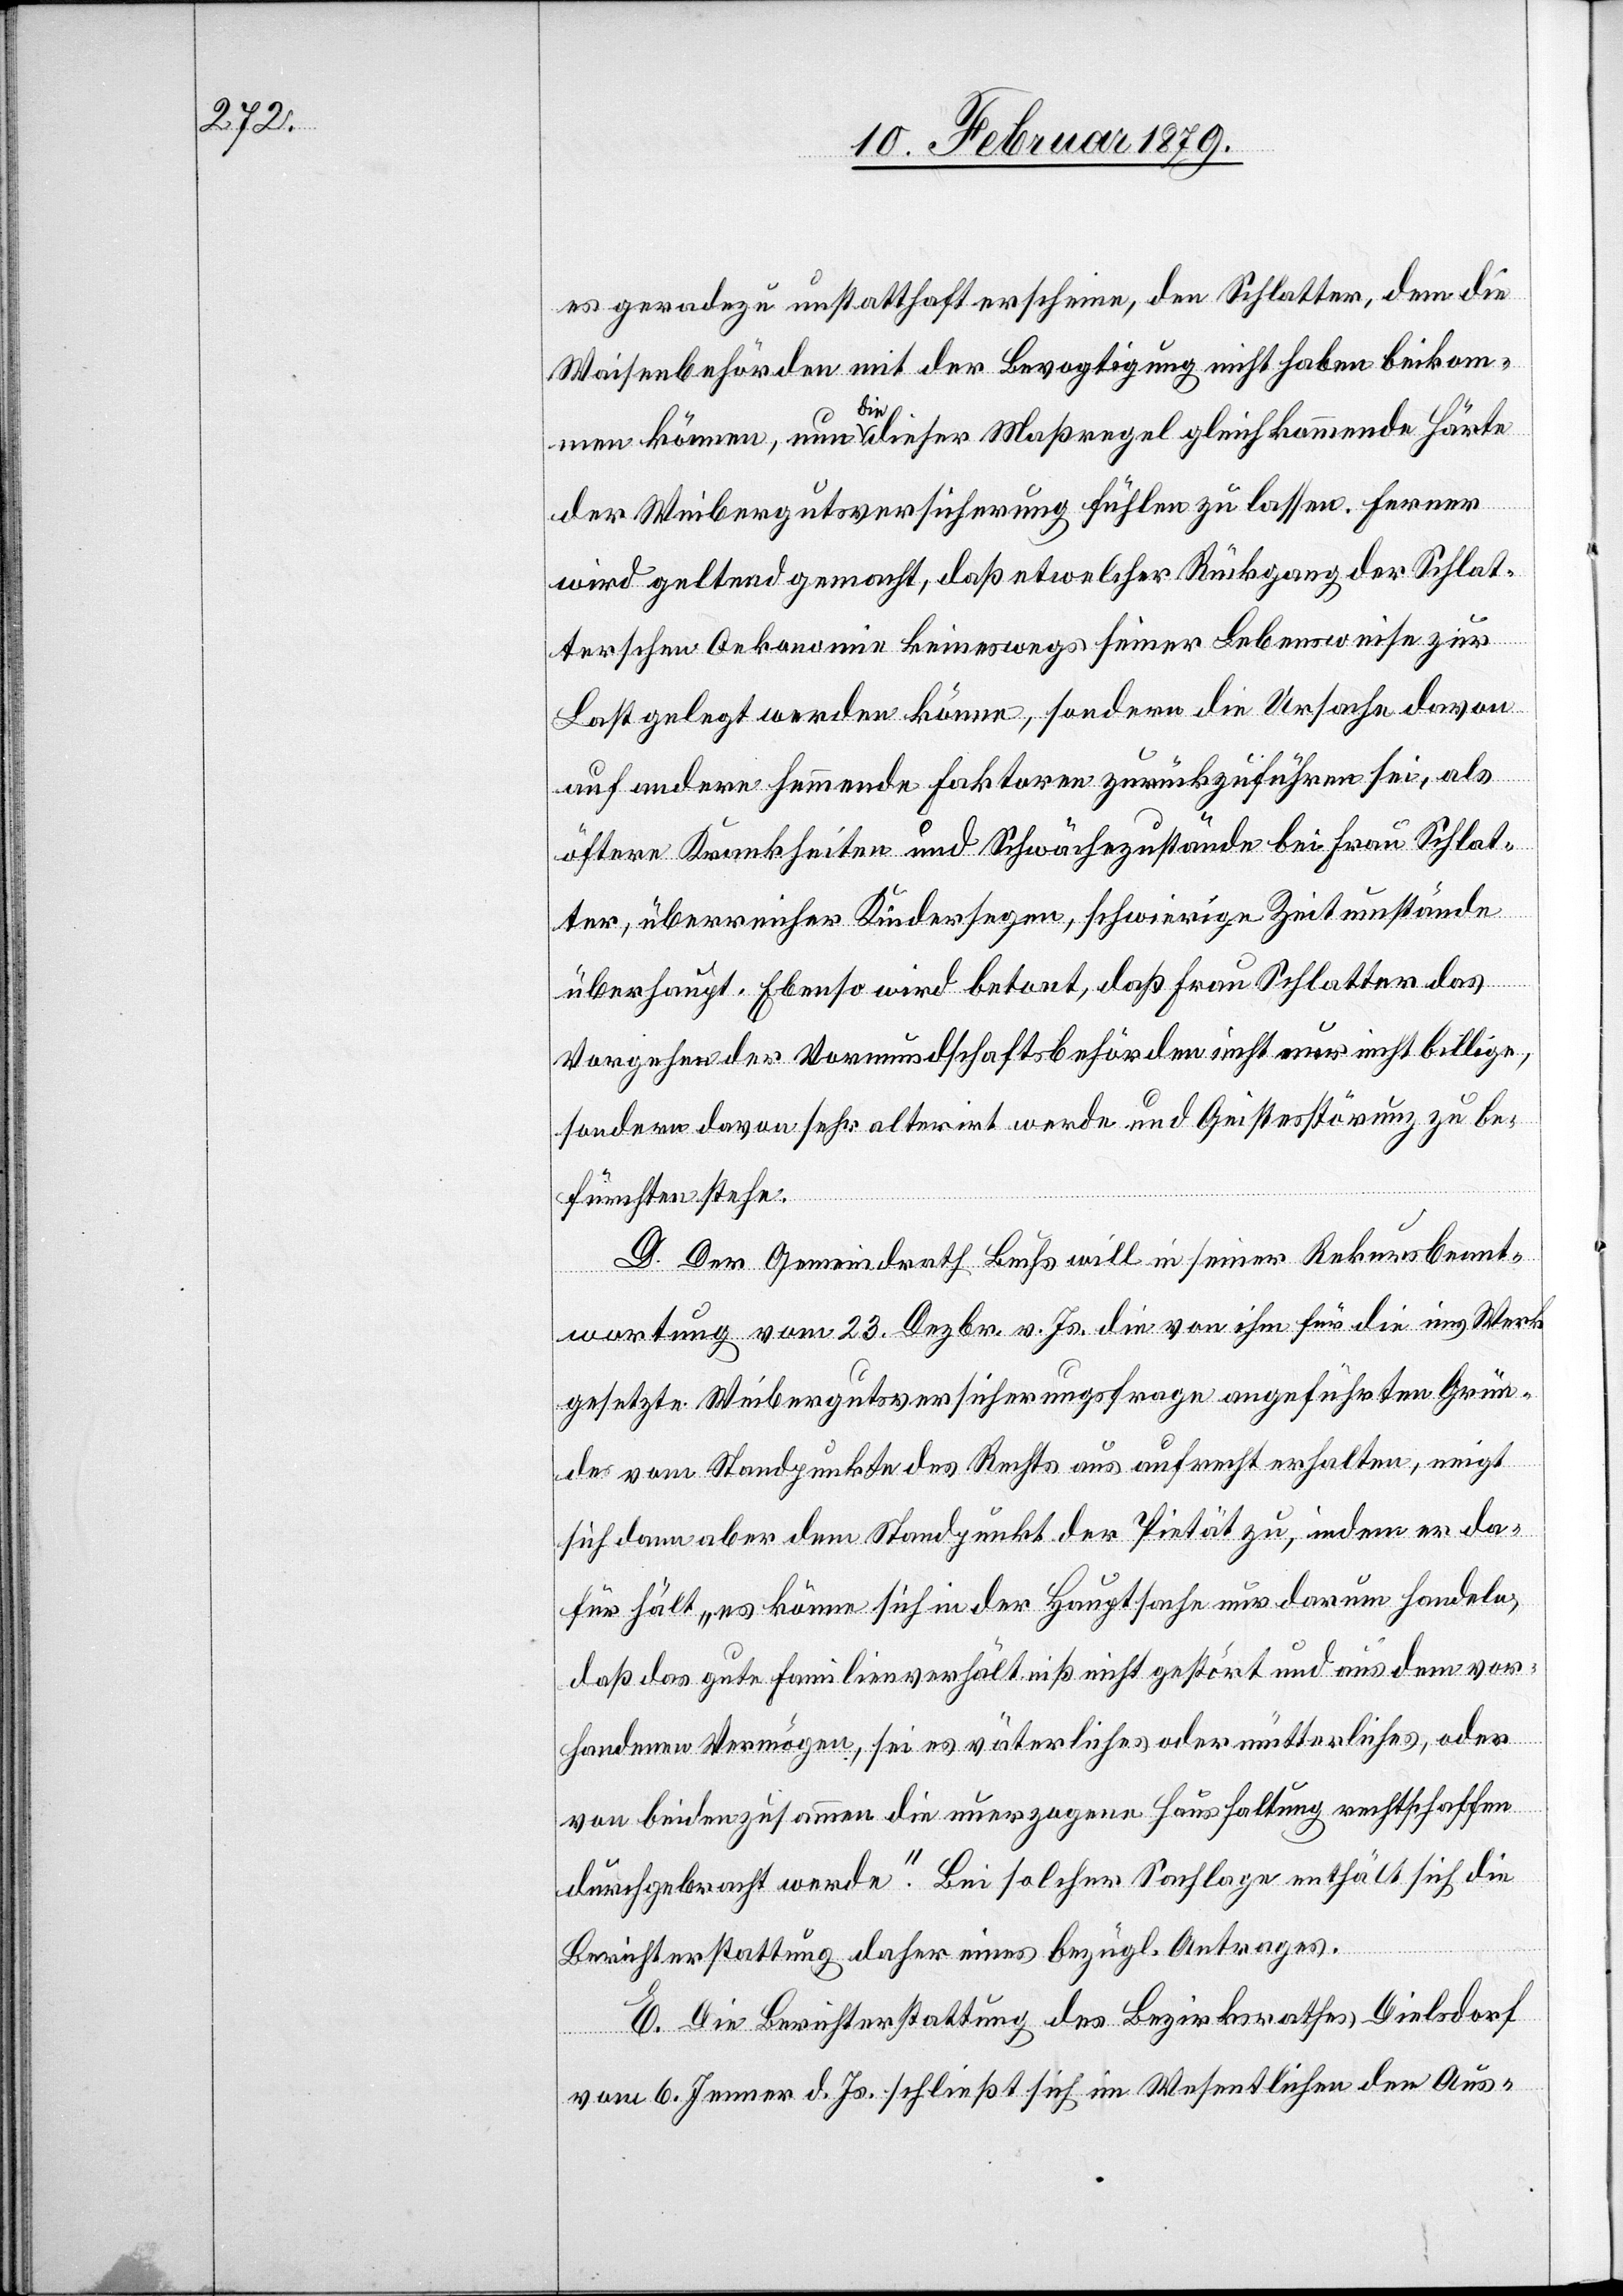
es geradezu unstatthaft erscheine, den Schlatter, dem die
Waisenbehörden mit der Bevogtigung nicht haben beikom¬
men können, nun a-die-a dieser Maßregel gleichkommende Härte
der Weibergutsversicherung fühlen zu lassen. Ferner
wird geltend gemacht, daß etwelcher Rückgang der Schlat¬
terschen Oekonomie keineswegs seiner Lebensweise zur
Last gelegt werden könne, sondern die Ursache davon
auf andere hemmende Faktoren zurückzuführen sei, als
öftere Krankheiten und Schwächezustände bei Frau Schlat¬
ter, überreicher Kindersegen, schwierige Zeitumstände
überhaupt. Ebenso wird betont, daß Frau Schlatter das
Vorgehen der Vormundschaftsbehörden nicht nur nicht billige,
sondern davon sehr alterirt werde und Geistesstörung zu be¬
fürchten stehe.
D. Der Gemeindrath Buchs will in seiner Rekursbeant¬
wortung vom 23. Dezbr. v. Js. die von ihm für die ins Werk
gesetzte Weibergutsversicherungsfrage angeführten Grün¬
de vom Standpunkte des Rechts aus aufrecht erhalten, neigt
sich dann aber dem Standpunkt der Pietät zu, indem er da¬
für hält „es könne sich in der Hauptsache nur darum handeln,
daß das gute Familienverhältniß nicht gestört und aus dem vor¬
handenen Vermögen, sei es väterliches oder mütterliches, oder
von beiden zusammen die unerzogene [sic!] Haushaltung rechtschaffen
durchgebracht werde.“ Bei solcher Sachlage enthält sich die
Berichterstattung daher eines bezügl. Antrages.
E. Die Berichterstattung des Bezirksrathes Dielsdorf
vom 6. Jenner d. Js. schließt sich im Wesentlichen den Aus-